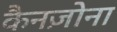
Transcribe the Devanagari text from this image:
कैनज़ोना